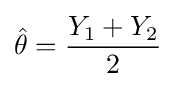
{\hat {\theta }}={\frac {Y_{1}+Y_{2}}{2}}